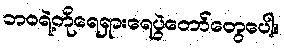
ဘဝရဲ့တိုရေရှားရေပွဲတော်တွေပေါ့။